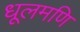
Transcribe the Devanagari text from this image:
धूलमणि